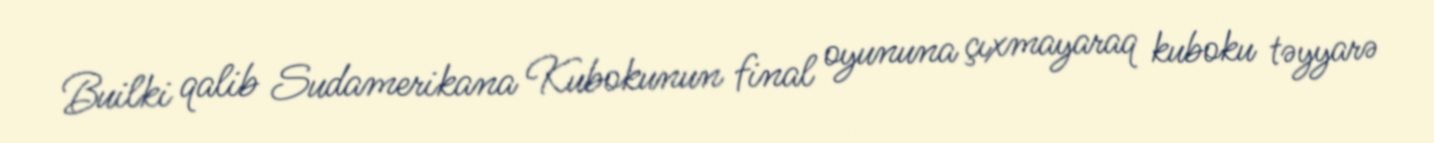
Builki qalib Sudamerikana Kubokunun final oyununa çıxmayaraq kuboku təyyarə